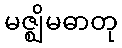
မဇ္ဈိမဓာတု